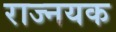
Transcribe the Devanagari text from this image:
राज्नयक